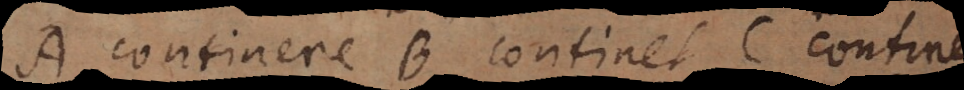
A continere B continet C continer